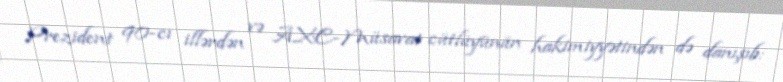
Prezident 90-cı illərdən və AXC-Müsavat cütlüyünün hakimiyyətindən də danışıb: